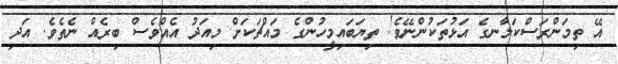
އޭ ތިމަންރަސްކަލާނގެ އަޅުތަކުންނޭވެ! ތިޔަބައިމީހުންގެ މައްޗަކަށް މިއަދު އެއްވެސް ބިރެއް ނެތެވެ. އަދި